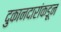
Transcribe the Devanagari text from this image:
दुकानदारांकडून